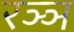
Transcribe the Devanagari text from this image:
रञ्ञ